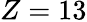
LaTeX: Z=13